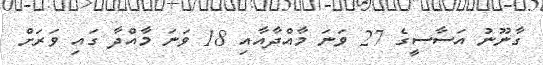
ގާނޫނު އަސާސީގެ 27 ވަނަ މާއްދާއާއި 18 ވަނަ މާއްދާ ގައި ވަރަށް